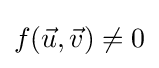
f({\vec {u}},{\vec {v}})\neq 0